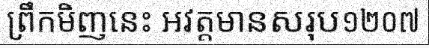
ព្រឹកមិញនេះ អវត្តមានសរុប១២០៧